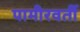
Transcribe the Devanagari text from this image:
पामीरवर्ती